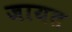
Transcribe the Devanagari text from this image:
जायत